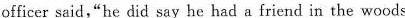
officer said,"he did say he had a friend in the woods